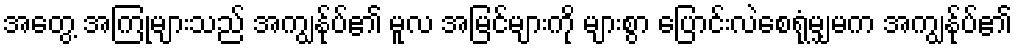
အတွေ့ အကြုံများသည် အကျွန်ုပ်၏ မူလ အမြင်များကို များစွာ ပြောင်းလဲစေရုံမျှမက အကျွန်ုပ်၏